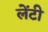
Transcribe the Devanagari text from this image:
लेंटी